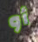
أو